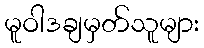
မူဝါဒချမှတ်သူများ